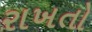
રાખતો